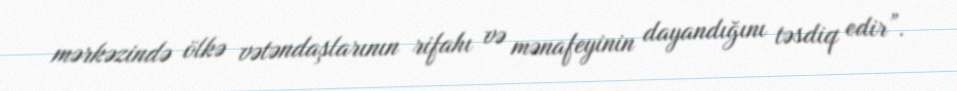
mərkəzində ölkə vətəndaşlarının rifahı və mənafeyinin dayandığını təsdiq edir”.